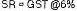
SR=GST @6%